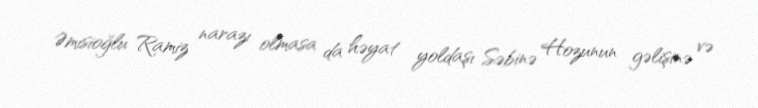
Əmisioğlu Ramiz narazı olmasa da həyat yoldaşı Səbinə Hozunun gəlişinə və